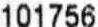
101756